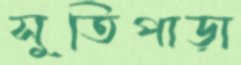
সুতিপাড়া